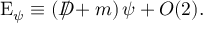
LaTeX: \mathrm { E } _ { \psi } \equiv \left( D \! \! \! \! \slash + m \right) \psi + { \cal O } ( 2 ) .